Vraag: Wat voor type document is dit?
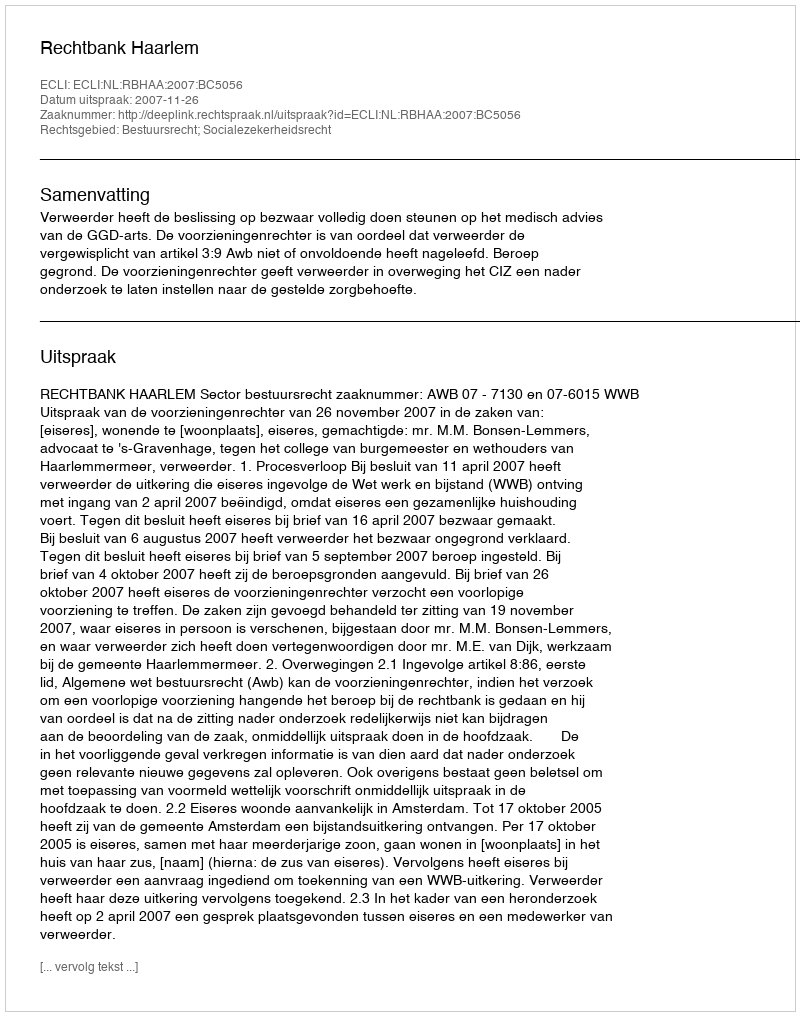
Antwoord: Uitspraak